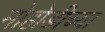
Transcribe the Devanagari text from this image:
मोहोडीच्या